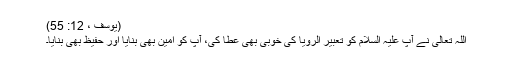
(یوسف ، 12: 55)
اللہ تعالیٰ نے آپ علیہ السلام کو تعبیر الرؤیا کی خوبی بھی عطا کی، آپ کو امین بھی بنایا اور حفیظ بھی بنایا۔